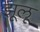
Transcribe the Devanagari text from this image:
झूलू